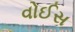
વોઈસ